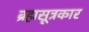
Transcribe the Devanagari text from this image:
ब्रह्मसूत्रकार